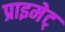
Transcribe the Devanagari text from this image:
प्राइमेट्